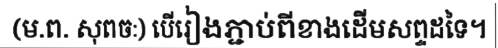
(ម.ព. សុពចៈ) បើរៀងភ្ជាប់ពីខាងដើមសព្ទដទៃ។